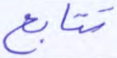
تتابع